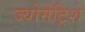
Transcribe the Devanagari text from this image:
ज्योमेट्रिशे